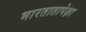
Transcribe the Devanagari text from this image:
भारतातापेक्षा